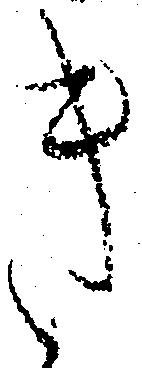
き